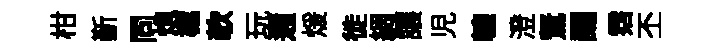
柑斳同熄樾欹玩邇煖徙綢讓児轆澄駑颺霑丕